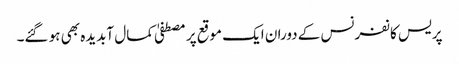
پریس کانفرنس کے دوران ایک موقع پر مصطفیٰ کمال آبدیدہ بھی ہو گئے۔